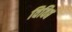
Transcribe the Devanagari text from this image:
विविद्य